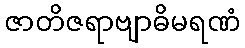
ဇာတိဇရာဗျာဓိမရဏံ